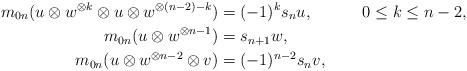
LaTeX: \begin{align*}m_{0n}(u \otimes w^{\otimes k} \otimes u \otimes w^{\otimes (n-2)-k} )&= (-1)^ks_nu, & 0 \leq k \leq n-2,\\m_{0n}(u \otimes w^{\otimes n-1}) &= s_{n+1}w, \\m_{0n}(u \otimes w^{\otimes n-2} \otimes v )&= (-1)^{n-2}s_n v,\end{align*}